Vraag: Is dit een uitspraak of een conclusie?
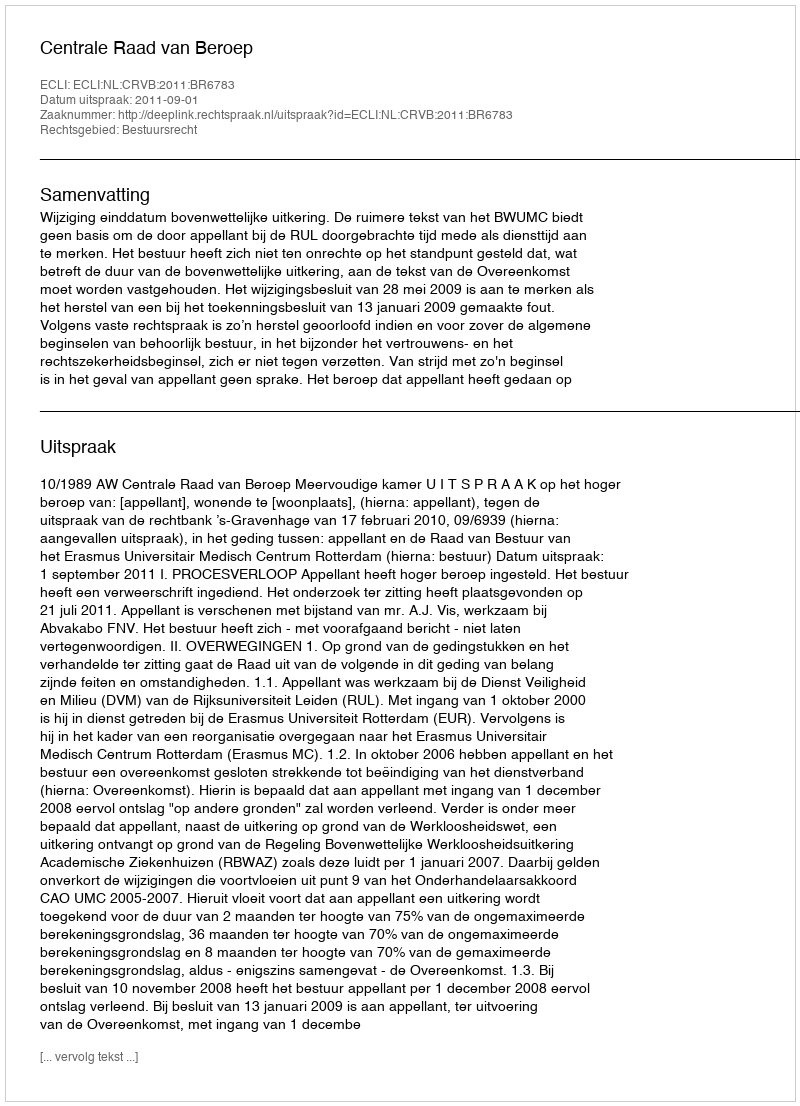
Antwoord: Uitspraak